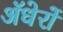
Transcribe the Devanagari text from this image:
ॲधेरों